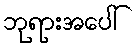
ဘုရားအပေါ်